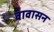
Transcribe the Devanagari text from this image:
वावासन